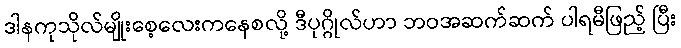
ဒါနကုသိုလ်မျိုးစေ့လေးကနေစလို့ ဒီပုဂ္ဂိုလ်ဟာ ဘဝအဆက်ဆက် ပါရမီဖြည့် ပြီး